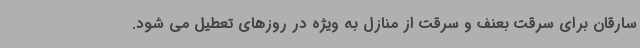
سارقان برای سرقت بعنف و سرقت از منازل به ویژه در روزهای تعطیل می شود.